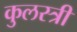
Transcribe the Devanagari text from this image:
कुलस्त्री